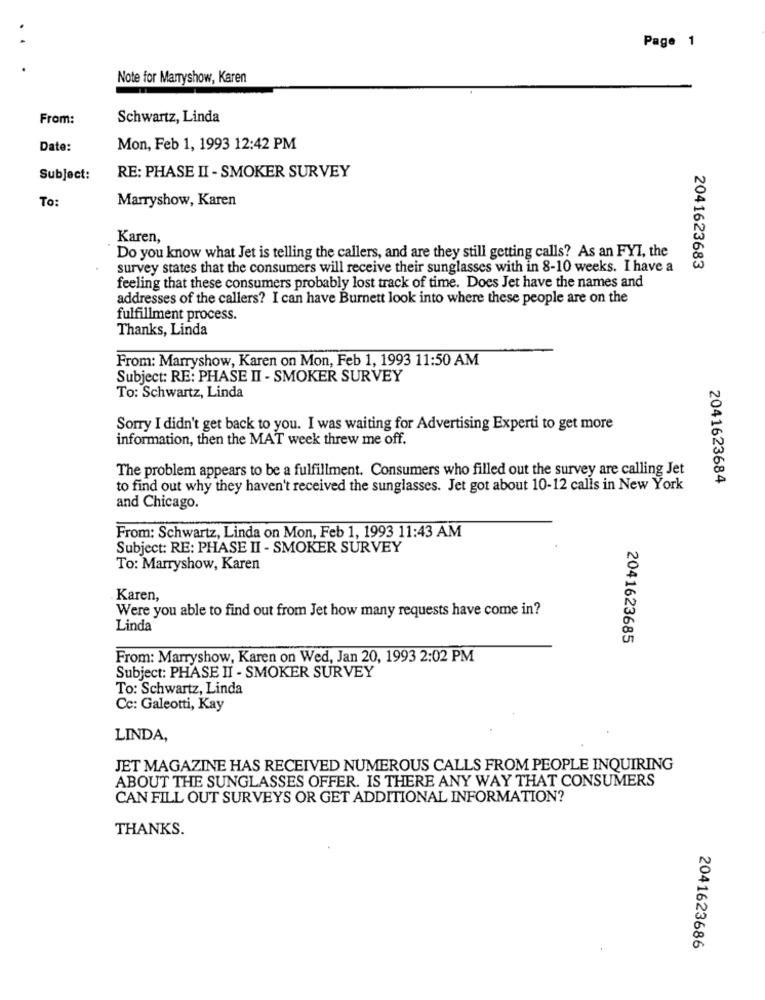
Page 1
Note for Marryshow, Karen
From:
Schwartz, Linda
Date:
Mon, Feb 1, 1993 12:42 PM
Subject:
RE: PHASE II - SMOKER SURVEY
Marryshow, Karen
To:
Karen,
Do you know what Jet is telling the callers, and are they still getting calls? As an FYI, the
survey states that the consumers will receive their sunglasses with in 8-10 weeks. I have a
2041623683
feeling that these consumers probably lost track of time. Does Jet have the names and
addresses of the callers? I can have Burnett look into where these people are on the
fulfillment process.
Thanks, Linda
From: Marryshow, Karen on Mon, Feb 1, 1993 11:50 AM
Subject: RE: PHASE II - SMOKER SURVEY
To: Schwartz, Linda
Sorry I didn't get back to you. I was waiting for Advertising Experti to get more
information, then the MAT week threw me off.
The problem appears to be a fulfillment. Consumers who filled out the survey are calling Jet
2041623684
to find out why they haven't received the sunglasses. Jet got about 10-12 calis in New York
and Chicago.
From: Schwartz, Linda on Mon, Feb 1, 1993 11:43 AM
Subject: RE: PHASE II - SMOKER SURVEY
To: Marryshow, Karen
Karen,
Were you able to find out from Jet how many requests have come in?
Linda
2041623685
From: Marryshow, Karen on Wed, Jan 20, 1993 2:02 PM
Subject: PHASE II - SMOKER SURVEY
To: Schwartz, Linda
Cc: Galeotti, Kay
LINDA,
JET MAGAZINE HAS RECEIVED NUMEROUS CALLS FROM PEOPLE INQUIRING
ABOUT THE SUNGLASSES OFFER. IS THERE ANY WAY THAT CONSUMERS
CAN FILL OUT SURVEYS OR GET ADDITIONAL INFORMATION?
THANKS.
2041623686